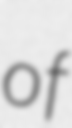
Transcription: of